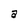
Character: a